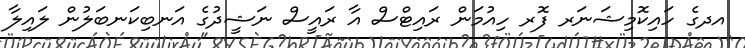
އދގެ ހައިކޮމިޝަނަރ ފޮރ ހިއުމަން ރައިޓްސް އާ ރައީސް ނަޝީދުގެ އަނބިކަނބަލުން ލައިލާ